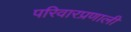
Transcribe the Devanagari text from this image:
परिवारप्रणाली